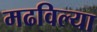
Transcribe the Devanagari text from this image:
मढविल्या